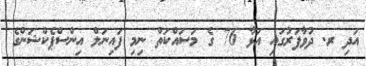
އަދި ރ. ދުވާފަރުގައި އަޅާ 76 ގެ މަސައްކަތް ނިމި ފައިނަލް އިންސްޕެކްޝަންގެ